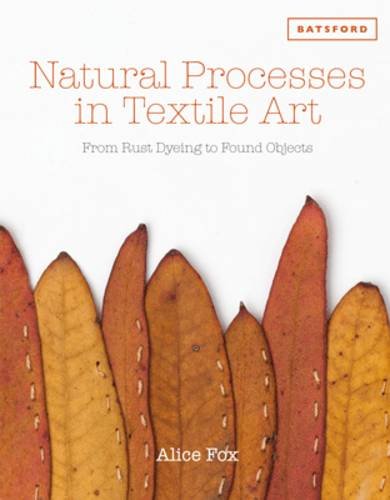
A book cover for Natural Processes in Textile Art: From Rust-Dyeing to Found Objects; Alice Fox; Crafts, Hobbies & Home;